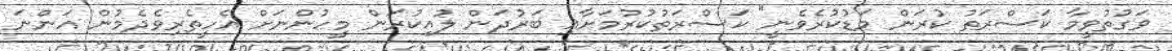
ވަގުތުވީމާ ކަސްރަތު ކުރަން މަޑުކުރެވެނީ" ކަސްރަތުކުރުމަށާއި ބަރުދަން ލުއިކުރަން މީހުންނަށް އެހީތެރިވެދެމުން އަންނަ